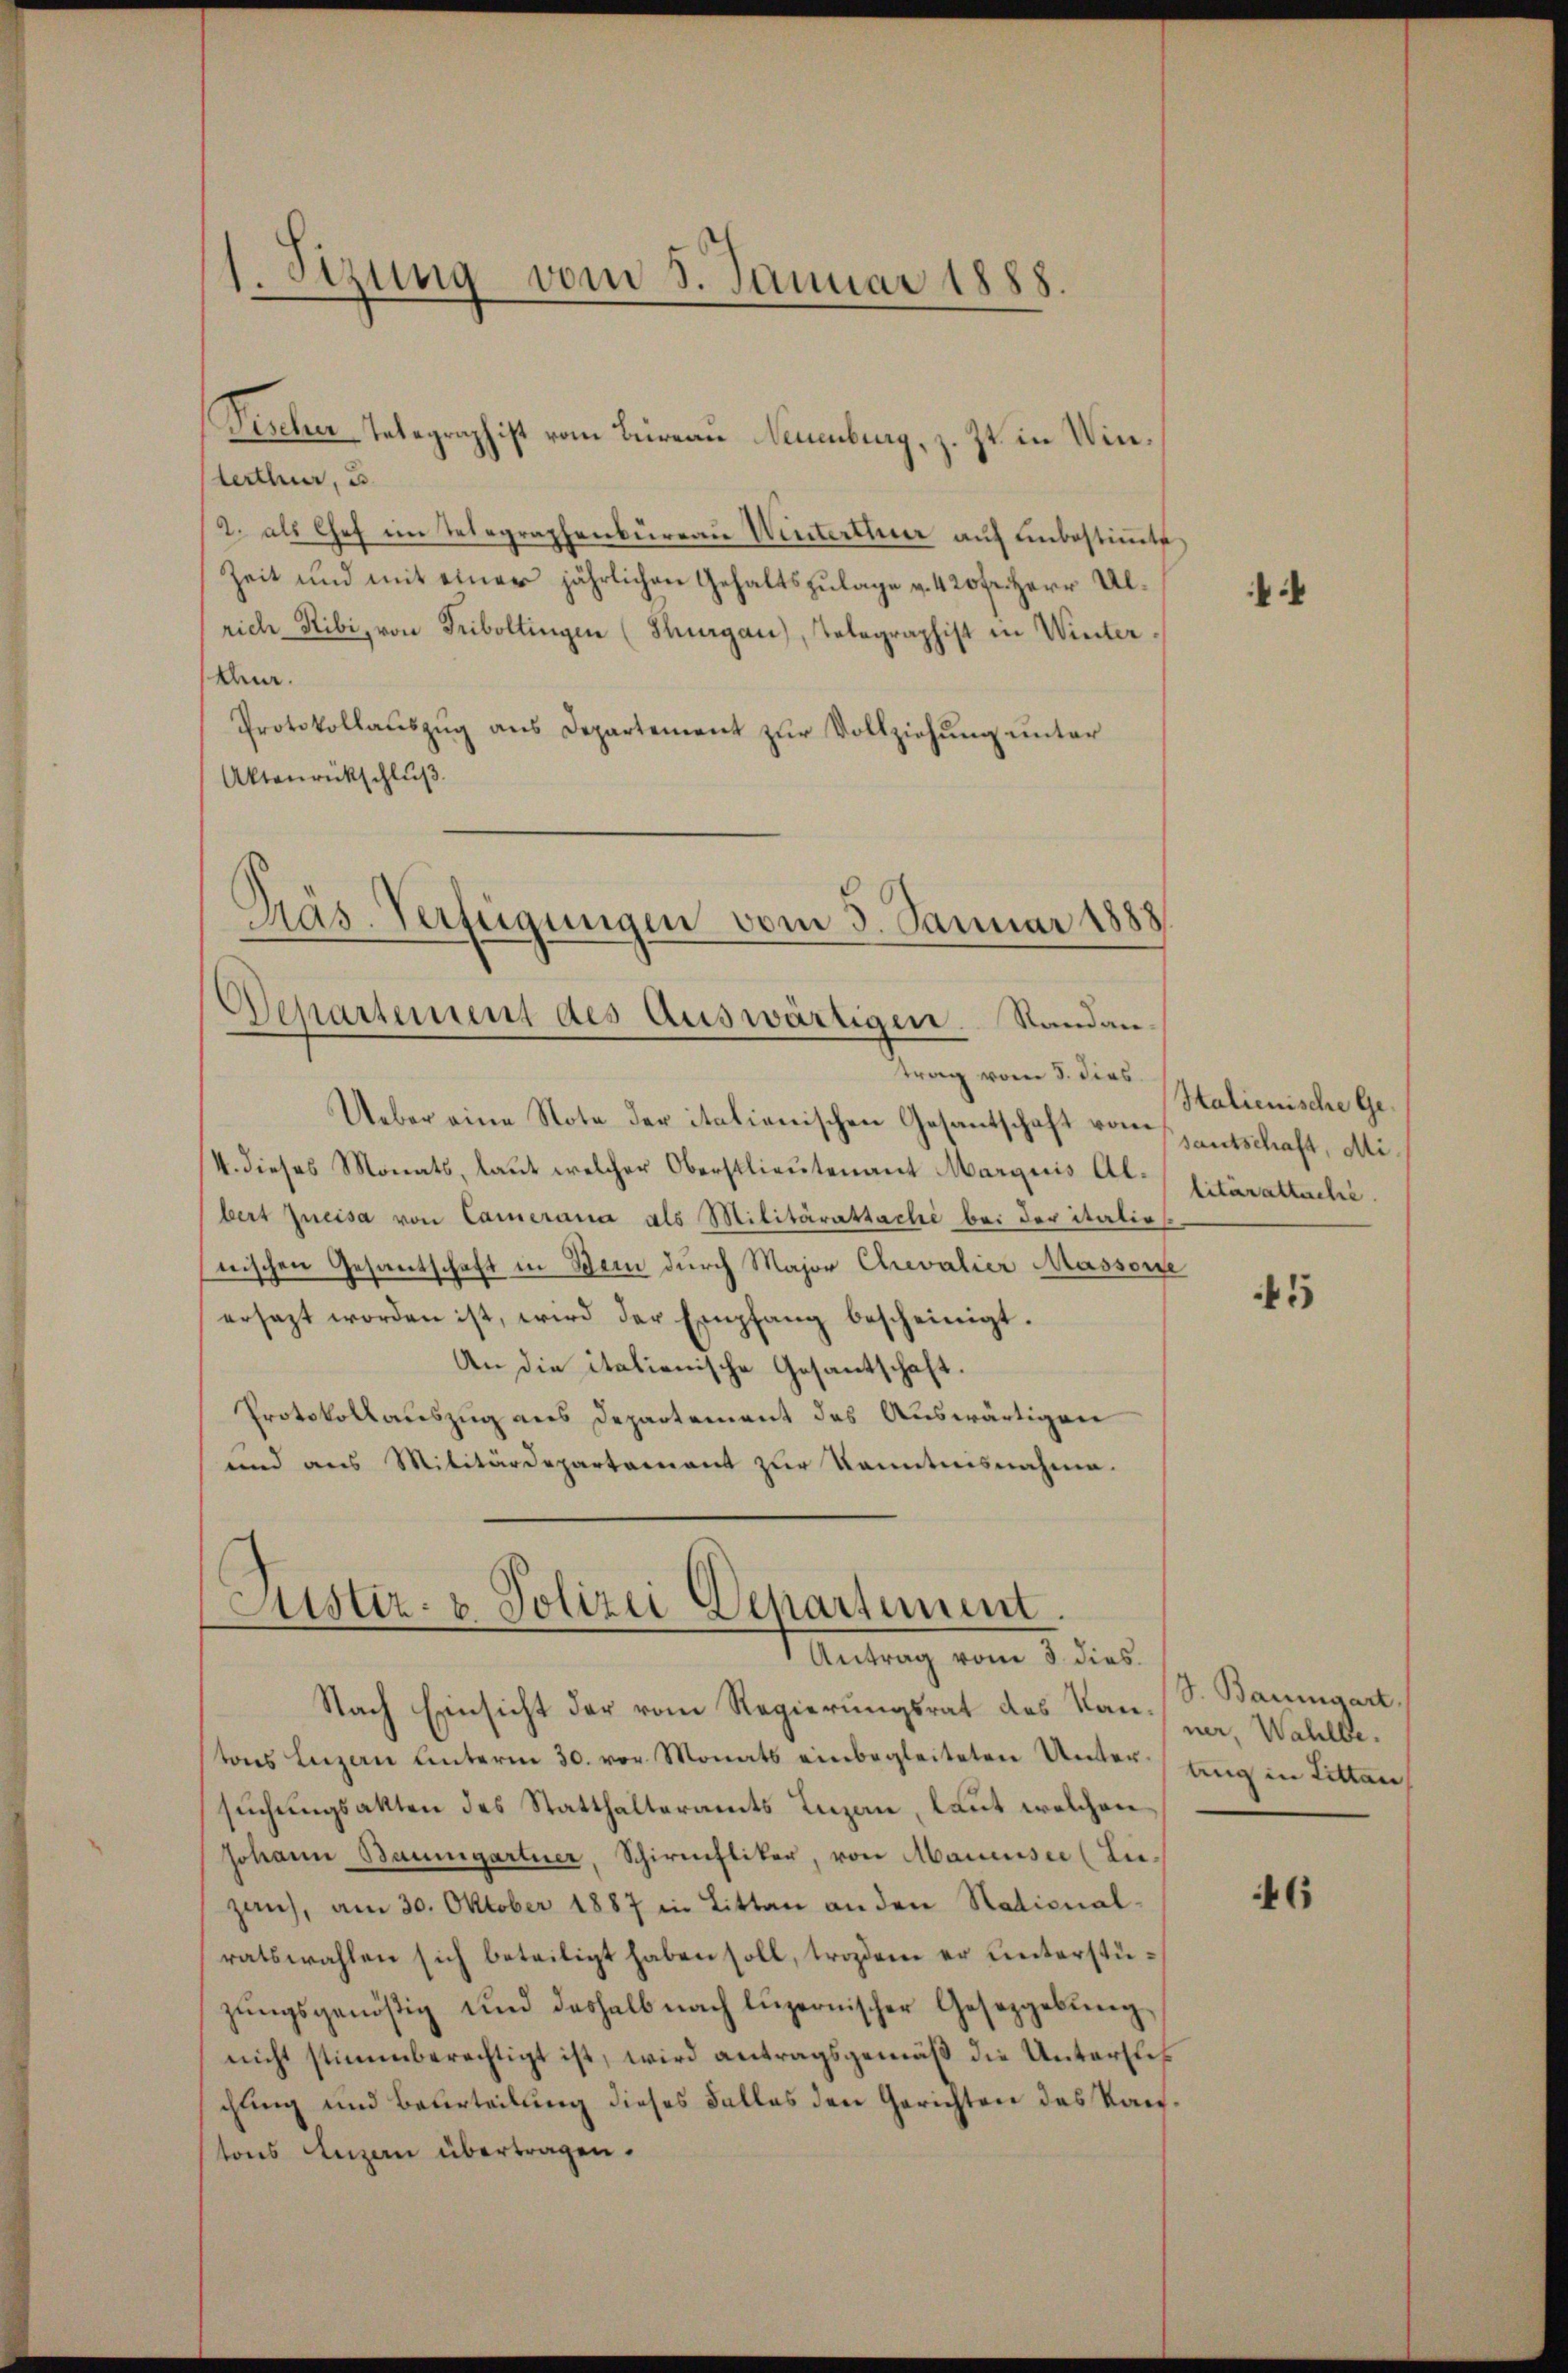
1. Sizung vom 8. Januar 1888.

Pischer-Telegraph ist vom Bureau Neuenburg, z. Zt. in Winterthur, u
2. als Chef im Telegraphenbüreau Winterthur auf unbestimmte
Zeit und mit einer jährlichen Gehaltszulage u. 420 fr. Herr Ulrich Ribi, von Friboltingen (Thurgau, Telegraphist in Winter¬
Ana.
Protokollauszug aus Departement zur Vollziehung unter
Aktenrückschluß
drung vom 11ten
Ueber eine Note der italienischen Gesantschaft von entschaft, Mi¬
/4. dieses Monats, laut welcher Oberstlieutenant Margaris Al. / Eitärattacle
bert Ineisa von Camerana als Militäratsache bei der italio
nischen Gesantschaft in Sein durch Major Chevalier Massonde
ersezt worden ist, wird der Empfang bescheinigt.
An die italienische Gesantschaft,
Protokollauszug aus Departement des Auswärtigen
und aus Militärdepartement zur Kenntnisnahme.

Pas. Verfügungen vom 5. Januar 1888
Departement des Auswärtigen. Standan¬

Astiz- & Polizei Departement.
Antrag vom 3. dies

Nach Einsicht der vom Regierungsrat des Kan war. Wahlbetons Luzern Unterm 30. vor. Monats einbegleiteten Unterung in Litten
suchungsakten des Statthalteramts Luzan, laut welchen
Johann Baumgartner, Schirenstiker, von Mannisie (Lugan, am 30. Oktober 1887 in Litten an den National-
ratswahlen sich beteiligt haben soll, trozdem er unterstüzŭngsgenößig und deshalb nach Lŭzernischer Gesetzgebŭng
nicht stimmberechtigt ist, wird antragsgemäß die Untersuch
chung und Beurteilung dieses Falles den Gerichten des Kantons Anzen übertragen.

:

Halienische Ge¬

5

J. Baumgart

46